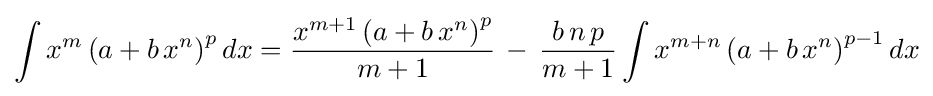
\int x^{m}\left(a+b\,x^{n}\right)^{p}dx={\frac {x^{m+1}\left(a+b\,x^{n}\right)^{p}}{m+1}}\,-\,{\frac {b\,n\,p}{m+1}}\int x^{m+n}\left(a+b\,x^{n}\right)^{p-1}dx